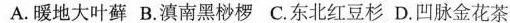
A.暖地大叶藓 B.滇南黑桫椤 C.东北红豆杉 D.凹脉金花茶